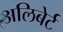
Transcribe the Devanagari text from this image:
अलिबेर्ट